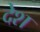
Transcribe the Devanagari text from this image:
देेश